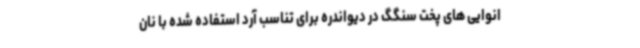
انوایی های پخت سنگگ در دیواندره برای تناسب آرد استفاده شده با نان